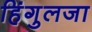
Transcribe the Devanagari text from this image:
हिंगुलजा